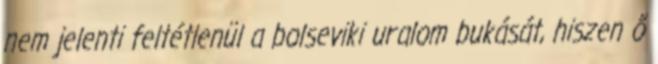
nem jelenti feltétlenül a bolseviki uralom bukását, hiszen ő